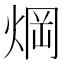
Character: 焵